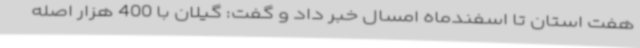
هفت استان تا اسفندماه امسال خبر داد و گفت: گیلان با 400 هزار اصله